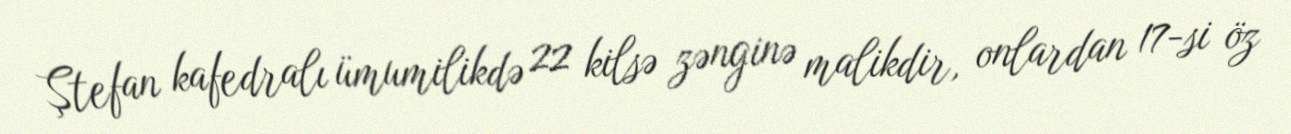
Ştefan kafedralı ümumilikdə 22 kilsə zənginə malikdir, onlardan 17-si öz